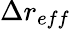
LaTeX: \Delta r_{eff}